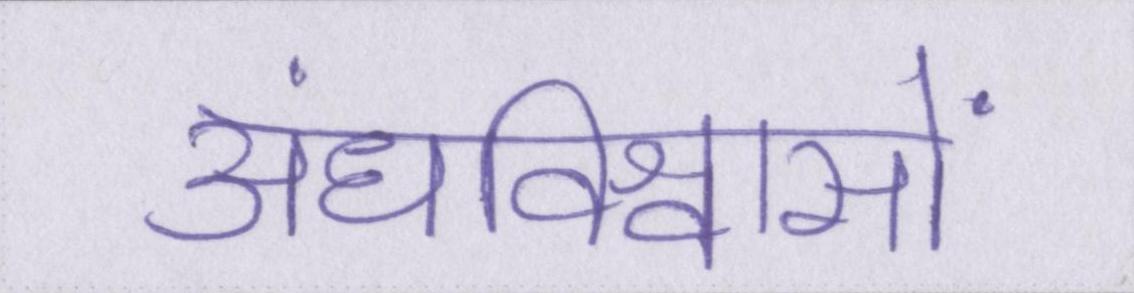
अंधविश्वासों